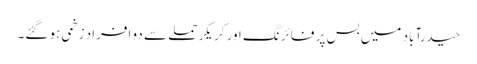
حیدرآباد میں بس پر فائرنگ اور کریکر حملے سے دو افراد زخمی ہو گئے۔